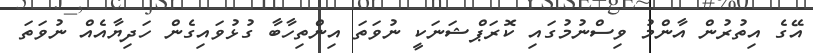
އޭގެ އިތުރުން އާންމު ވިސްނުމުގައި ކޮރަޕްޝަނަކީ ނުވަތަ އިންތިހާބާ ގުޅުވައިގެން ހަދިޔާއެއް ނުވަތަ